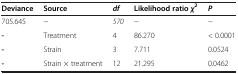
| Deviance | Source | df | Likelihood ratioχ2 | P |
 | --- | --- | --- | --- | --- |
 | 705.645 | − | 570 | − | − |
 | - | Treatment | 4 | 86.270 | < 0.0001 |
 | - | Strain | 3 | 7.711 | 0.0524 |
 | - | Strain × treatment | 12 | 21.295 | 0.0462 |